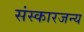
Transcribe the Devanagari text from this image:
संस्कारजन्य